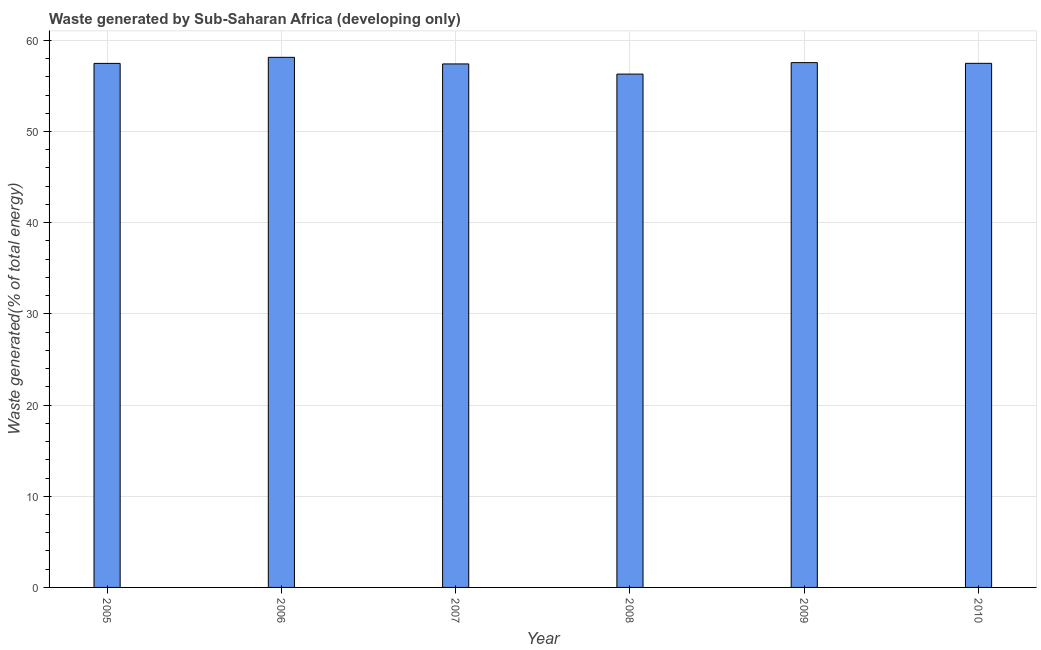
| Year | Combustible renewables and waste (% of total energy) |
 | --- | --- |
 | 2005 | 57.5 |
 | 2006 | 58.1 |
 | 2007 | 57.4 |
 | 2008 | 56.3 |
 | 2009 | 57.6 |
 | 2010 | 57.5 |